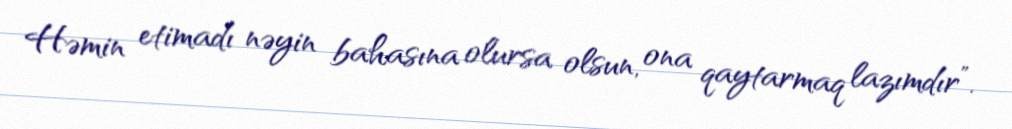
Həmin etimadı nəyin bahasına olursa olsun, ona qaytarmaq lazımdır”.